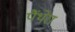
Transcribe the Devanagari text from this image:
पैंथेरा